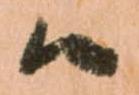
候